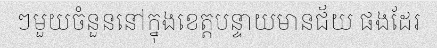
ៗមួយចំនួននៅក្នុងខេត្តបន្ទាយមានជ័យ ផងដែរ